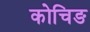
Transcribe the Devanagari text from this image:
कोचिङ